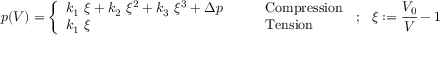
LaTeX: p ( V ) = { \left\{ \begin{array} { l l } { k _ { 1 } ~ \xi + k _ { 2 } ~ \xi ^ { 2 } + k _ { 3 } ~ \xi ^ { 3 } + \Delta p } & { \qquad { \mathrm { C o m p r e s s i o n } } } \\ { k _ { 1 } ~ \xi } & { \qquad { \mathrm { T e n s i o n } } } \end{array} \right. } ~ ; ~ ~ \xi : = { \cfrac { V _ { 0 } } { V } } - 1